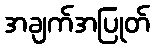
အချက်အပြုတ်